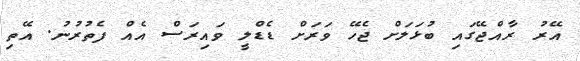
އޭރު ރާއްޖޭގައި ބުޅަލަށް ޖެހޭ ވަރަށް ޑެޑްލީ ވައިރަސް އެއް ފެތުރުނު. އޭތި